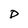
Character: D